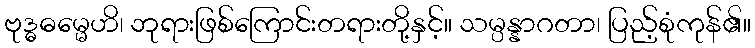
ဗုဒ္ဓဓမ္မေဟိ၊ ဘုရားဖြစ်ကြောင်းတရားတို့နှင့်။ သမ္ပန္နာဂတာ၊ ပြည့်စုံကုန်၏။